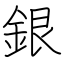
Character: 銀